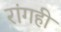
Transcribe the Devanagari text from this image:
रांगही